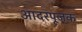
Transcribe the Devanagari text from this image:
आदरपूजक